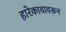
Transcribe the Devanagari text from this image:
हारेकावावरून